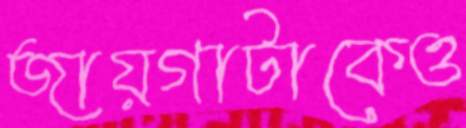
জায়গাটাকেও